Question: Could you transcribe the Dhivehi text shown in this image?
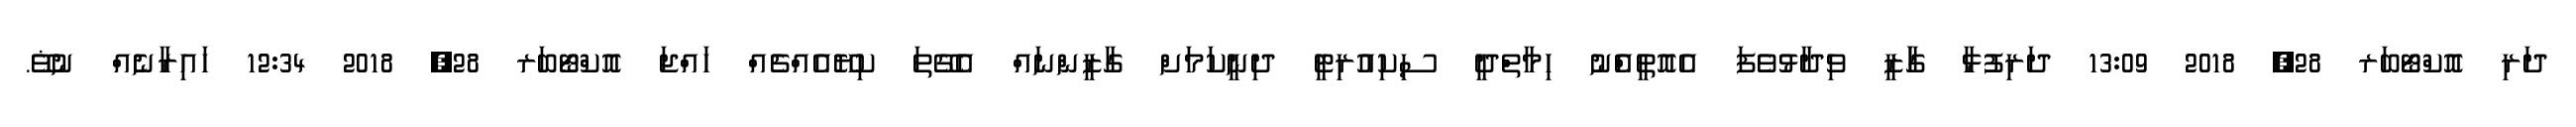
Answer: ދަރި އޮކްޓޯބަރ 28, 2018 13:09 ދަރިފުޅާ ގާަޒީ ވިދާޅުވެފަ އެއޮތީއެްނު ހިމާތްދީ ސިކިއުރިޓީ ދިނީކަމަށް ގާޒީންނައް އެގޭތަ ކިޔޭއެއްޗެއް ހައްޖަ އޮކްޓޯބަރ 28, 2018 12:34 ހައިރާނެއް ނުޥޭ.